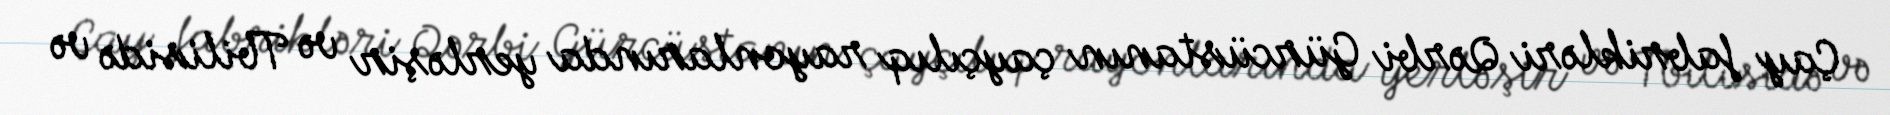
Çay fabrikləri Qərbi Gürcüstanın çayçılıq rayonlarında yerləşir və Tbilisidə və